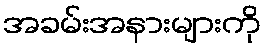
အခမ်းအနားများကို